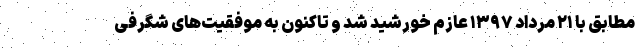
مطابق با ۲۱ مرداد ۱۳۹۷ عازم خورشید شد و تاکنون به موفقیت‌های شگرفی